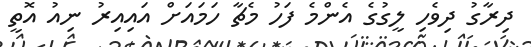
ދިރާގު ދިވެހި ލީގުގެ އެންމެ ފަހު މެޗާ ހަމައަށް އައިއިރު ނިއު އޮތީ